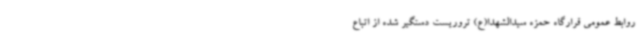
روابط عمومی قرارگاه حمزه سیدالشهدا(ع) تروریست دستگیر شده از اتباع